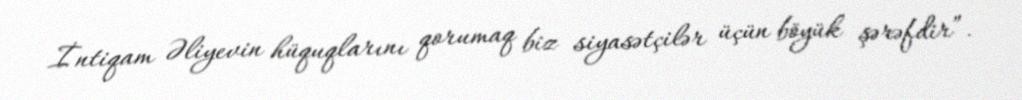
İntiqam Əliyevin hüquqlarını qorumaq biz siyasətçilər üçün böyük şərəfdir”.